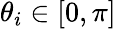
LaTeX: \theta_{i}\in[0,\pi]